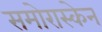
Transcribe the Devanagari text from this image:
समोरास्केन